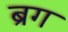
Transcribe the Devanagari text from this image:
ब्रग